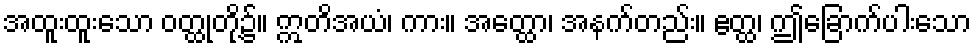
အထူးထူးသော ဝတ္ထုတို့၌။ ဣတိအယံ၊ ကား။ အတ္ထော၊ အနက်တည်း။ ဧတ္ထ၊ ဤခြောက်ပါးသော